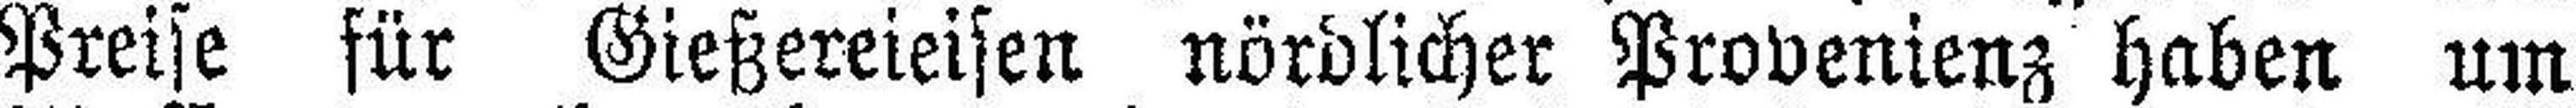
Preise für Gießereieisen nördlicher Provenienz haben um